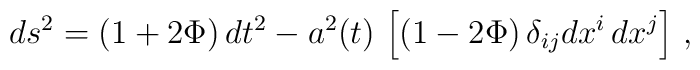
ds^2=(1+2\Phi)\,dt^2-a^2(t)\,\left[(1-2\Phi)\,\delta_{ij}dx^i\,dx^j\right]\, ,